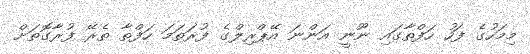
މިމަހުގެ ފަހު ހަފްތާގައި ނޫނީ އަންނަ އޭޕްރިލްގެ ފުރަތަމަ ހަފްތާ ތެރޭ ފުރާގޮތަށް